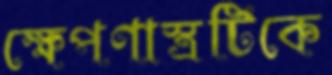
ক্ষেপণাস্ত্রটিকে